Source: Handwritten
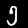
Digit: ၅ (5)